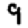
Digit: 9